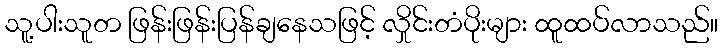
သူ့ပါးသူတ ဖြန်းဖြန်းပြန်ချနေသဖြင့် လှိုင်းတံပိုးများ ထူထပ်လာသည်။